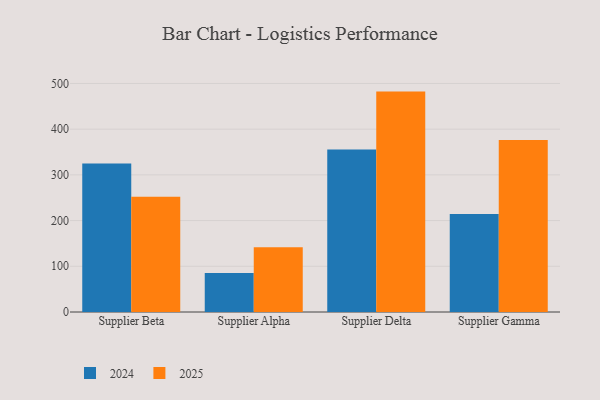
{"axis": {"x": "Supplier", "y": "Churn Rate (%)"}, "legend": ["2024", "2025"], "data": [{"x": "Supplier Beta", "y": 324.8, "type": "2024"}, {"x": "Supplier Beta", "y": 251.9, "type": "2025"}, {"x": "Supplier Alpha", "y": 85.2, "type": "2024"}, {"x": "Supplier Alpha", "y": 141.5, "type": "2025"}, {"x": "Supplier Delta", "y": 355.5, "type": "2024"}, {"x": "Supplier Delta", "y": 482.2, "type": "2025"}, {"x": "Supplier Gamma", "y": 214.3, "type": "2024"}, {"x": "Supplier Gamma", "y": 376.1, "type": "2025"}]}